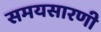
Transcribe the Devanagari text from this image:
समयसारणी